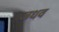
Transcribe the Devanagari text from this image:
जधव